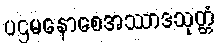
ပဌမနောစေအဿာဒသုတ္တံ